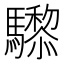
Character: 𱄸